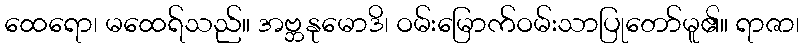
ထေရော၊ မထေရ်သည်။ အဗ္ဘနုမောဒိ၊ ဝမ်းမြောက်ဝမ်းသာပြုတော်မူ၏။ ရာဇာ၊